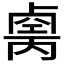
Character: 𠨆